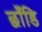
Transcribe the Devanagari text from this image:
छाँडि